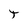
Character: t